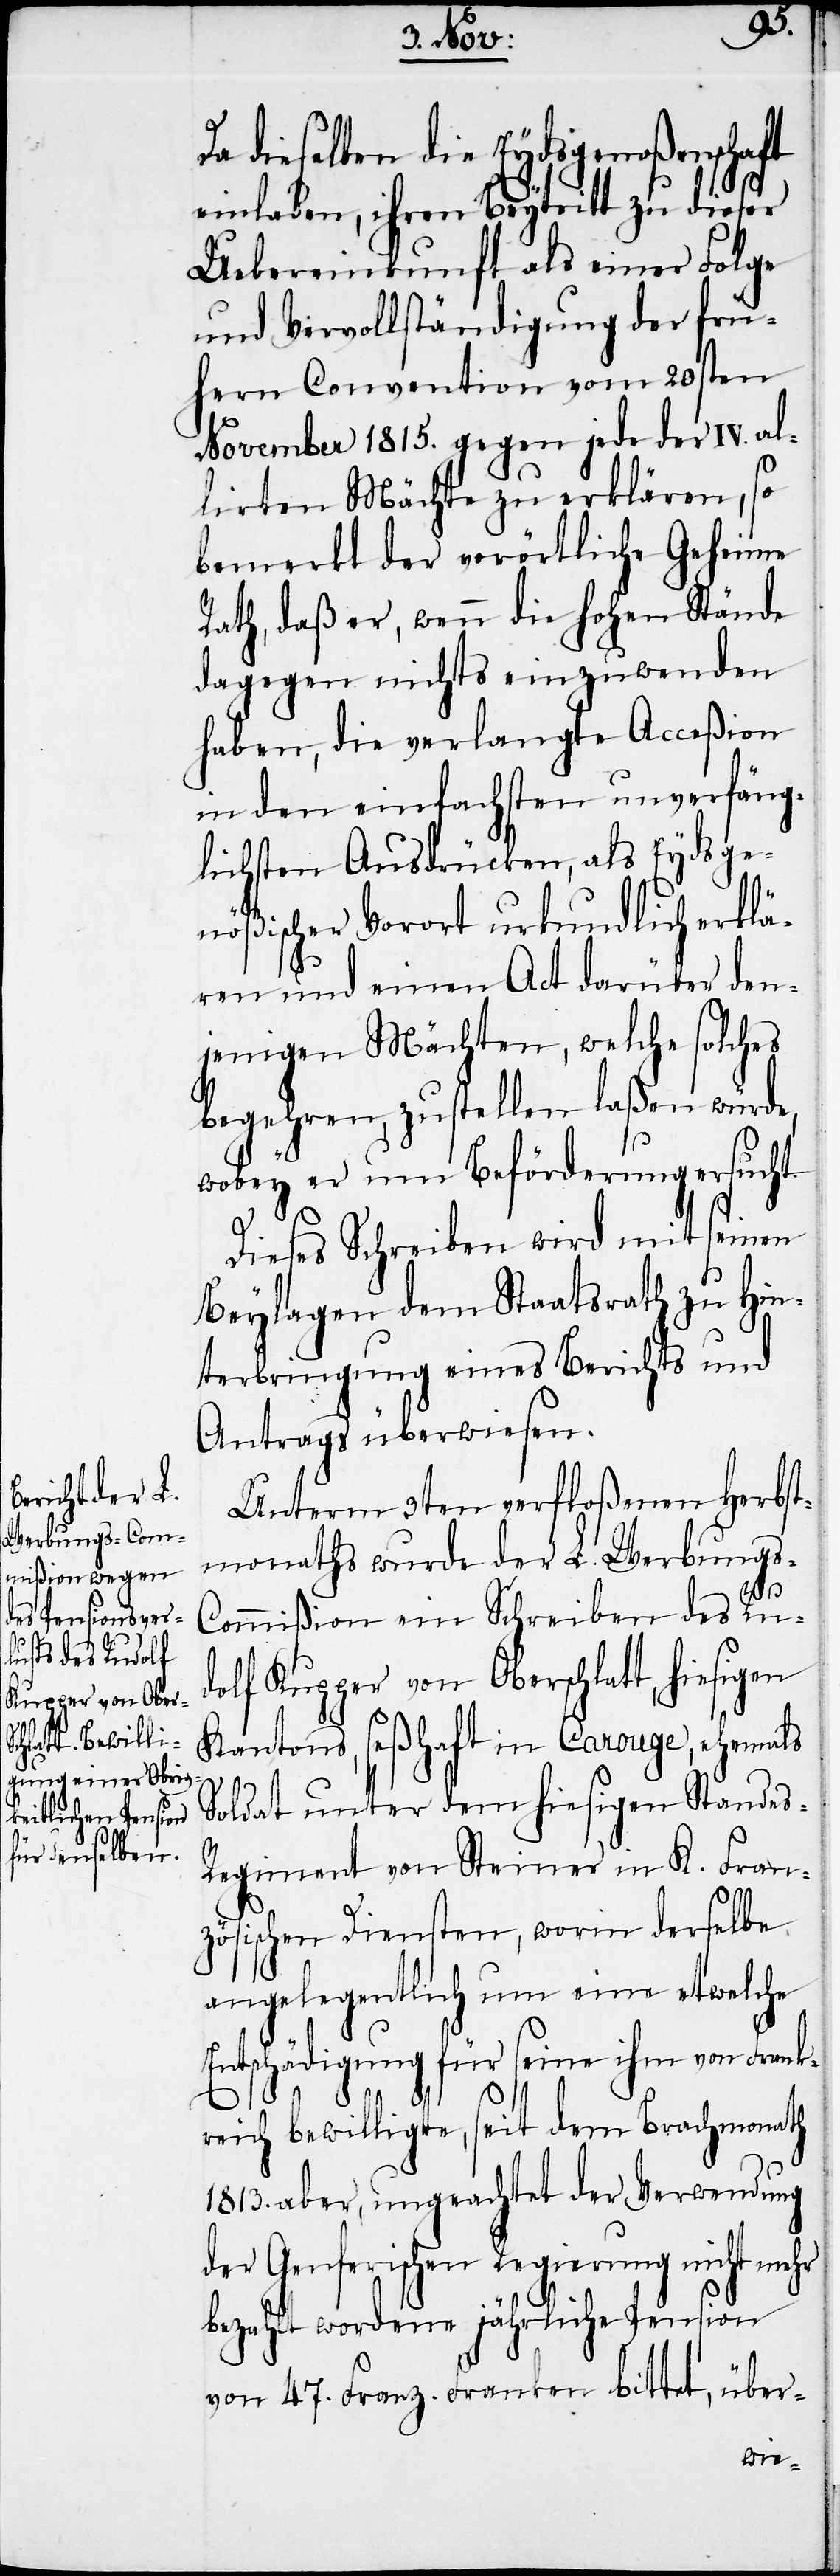
Da dieselben die Eydsgenoßenschaft
einladen, ihren Beytritt zu dieser
Uebereinkunft als einer Folge
und Vervollständigung der frü¬
hern Convention vom 20sten
November 1815. gegen jeder der IV. a¬
lirten Mächte zu erklären, so
bemerkt der vorörtliche Geheime
Rath, daß er, wenn die hohen Stände
dagegen nichts einzuwenden
haben, die verlangte Acceßion
in den einfachsten unverfäng¬
lichsten Ausdrücken, als Eydsge¬
nößischer Vorort urkundlich erklä¬
l¬
ren und einen Act darüber den¬
jenigen Mächten, welche solches
begehren, zustellen laßen würde,
wobey er um Beförderung ersucht.
Dieses Schreiben wird mit seinen
Beylagen dem Staatsrath zu Hin¬
s-R¬
terbringung eines Ber¬
Antrags überwiesen.
Unterm 3ten verfloßenen Herbst¬
monaths wurde der L. Werbungs-C¬
ommißion ein Schreiben des Ru¬
dolf Kupper von Oberschlatt, hiesigen
Kantons, seßhaft in Carouge, ehemals
Soldat unter dem hiesigen Stande¬
egiment von Steiner in K. Fran¬
zösischen Diensten, worin derselbe
angelegentlich um eine etwelche
Entschädigung für seine ihm von Frank¬
reich bewilligte, seit dem Brachmonath
1813. aber, ungeachtet der Verwendung
der Genferischen Regierung nicht mehr
bezahlt wordene jährliche Pension
von 47. Franz. Franken bittet, über-